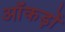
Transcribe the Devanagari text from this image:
ऑंकड़ों